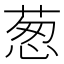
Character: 葱